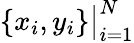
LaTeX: \left\{ x_{i},y_{i}\right\} \big|_{i=1}^{N}